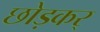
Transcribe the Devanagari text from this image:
छोड़कर्